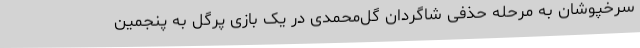
سرخپوشان به مرحله حذفی شاگردان گل‌محمدی در یک بازی پرگل به پنجمین